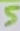
Text: 5